Insane asylums in Bengal annual reports 1867-1875 - 1867-1875
Year: 1867
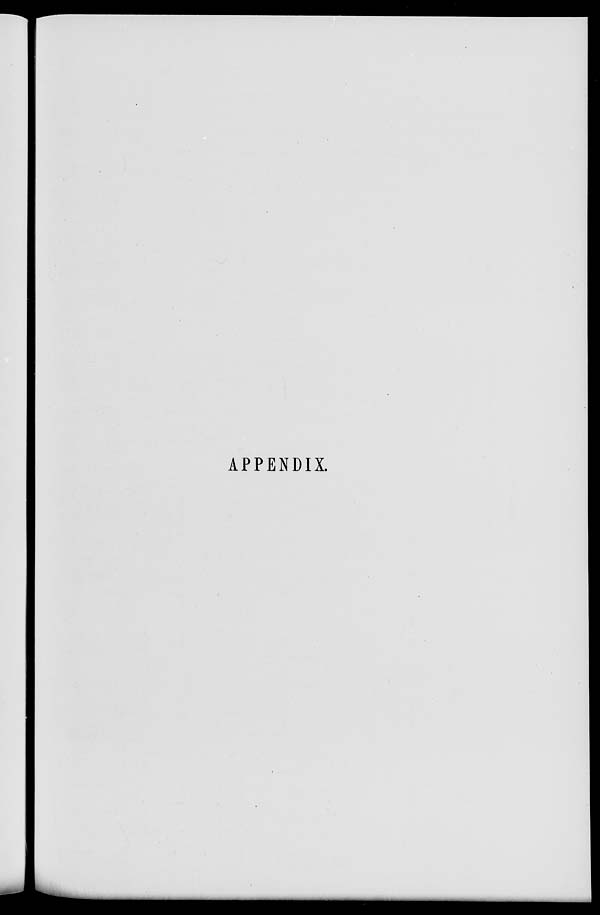
APPENDIX.